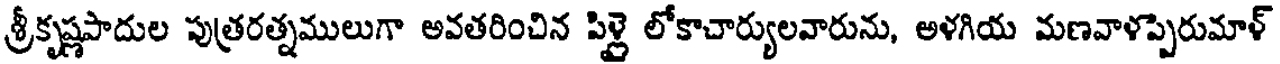
శ్రీకృష్ణపాదుల పుత్రరత్నములుగా అవతరించిన పిళ్లై లోకాచార్యులవారును, అళగియ మణవాళప్పెరుమాళ్